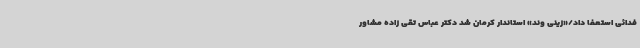
فدائی استعفا داد/«زینی وند» استاندار کرمان شد دکتر عباس تقی زاده مشاور